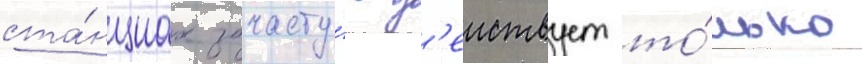
ста́нциах зачасту́ю д'еиствует то́лько